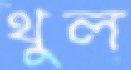
থুল